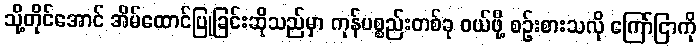
သို့တိုင်အောင် အိမ်ထောင်ပြုခြင်းဆိုသည်မှာ ကုန်ပစ္စည်းတစ်ခု ဝယ်ဖို့ စဉ်းစားသလို ကြော်ငြာကို